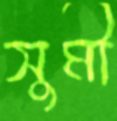
সুমী